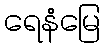
ရေနံမြေ